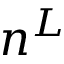
n ^ { L }